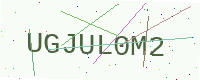
Text: UGJUL0M2